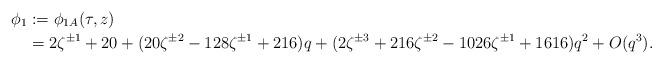
LaTeX: \begin{align*} \phi_1 &:= \phi_{1A}(\tau, z) \\ &= 2 \zeta^{\pm 1} + 20 + (20 \zeta^{\pm 2} - 128 \zeta^{\pm 1} + 216)q + (2 \zeta^{\pm 3} + 216 \zeta^{\pm 2} - 1026 \zeta^{\pm 1} + 1616)q^2 + O(q^3). \end{align*}